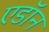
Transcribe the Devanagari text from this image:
एडॉन